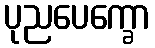
ပုညပေက္ခော